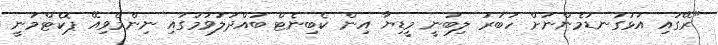
"ރޭގައި އަޅުގަނޑުމެންނަށް ހަބަރު ލިބުނީ މީޑިޔާ އިން ކެބިނެޓް ބައްދަލުވުމުގައި ނިންމެވިއޭ ޕޮކެޓްމަނީ